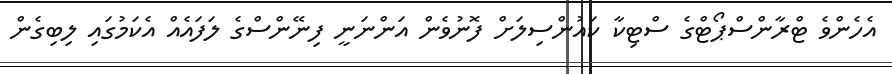
އެހެންވެ ޓްރާންސްޕޯޓްގެ ސްޓިކާ ކައުންސިލަށް ފޮނުވެން އަންނަނީ ފިނޭންސްގެ ލަފައެއް އެކަމުގައި ލިބިގެން